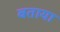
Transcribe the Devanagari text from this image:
बताया